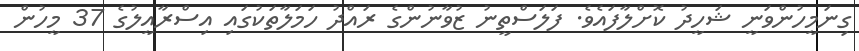
ގިނަމީހުންވަނީ ޝަހީދު ކޮށްލާފައެވެ. ފަލަސްތީނު ޒުވާނުންގެ ރައްދު ހަމަލާތަކުގައި އިސްރާއީލުގެ 37 މީހުން